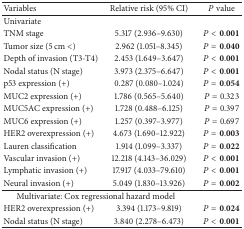
<table><thead><tr><td><b>Variables</b></td><td><b>Relative risk (95% CI)</b></td><td><b><i>P</i> value</b></td></tr></thead><tbody><tr><td>Univariate</td><td> </td><td> </td></tr><tr><td>TNM stage</td><td>5.317 (2.936–9.630)</td><td><i>P</i> &lt; 0.001</td></tr><tr><td>Tumor size (5 cm &lt;)</td><td>2.962 (1.051–8.345)</td><td><i>P</i> = 0.040</td></tr><tr><td>Depth of invasion (T3-T4)</td><td>2.453 (1.649–3.647)</td><td><i>P</i> &lt; 0.001</td></tr><tr><td>Nodal status (N stage)</td><td>3.973 (2.375–6.647)</td><td><i>P</i> &lt; 0.001</td></tr><tr><td>p53 expression (+)</td><td>0.287 (0.080–1.024)</td><td><i>P</i> = 0.054</td></tr><tr><td>MUC2 expression (+)</td><td>1.786 (0.565–5.640)</td><td><i>P</i> = 0.323</td></tr><tr><td>MUC5AC expression (+)</td><td>1.728 (0.488–6.125)</td><td><i>P</i> = 0.397</td></tr><tr><td>MUC6 expression (+)</td><td>1.257 (0.397–3.977)</td><td><i>P</i> = 0.697</td></tr><tr><td>HER2 overexpression (+)</td><td>4.673 (1.690–12.922)</td><td><i>P</i> = 0.003</td></tr><tr><td>Lauren classification</td><td>1.914 (1.099–3.337)</td><td><i>P</i> = 0.022</td></tr><tr><td>Vascular invasion (+)</td><td>12.218 (4.143–36.029)</td><td><i>P</i> &lt; 0.001</td></tr><tr><td>Lymphatic invasion (+)</td><td>17.917 (4.033–79.610)</td><td><i>P</i> &lt; 0.001</td></tr><tr><td>Neural invasion (+)</td><td>5.049 (1.830–13.926)</td><td><i>P</i> = 0.002</td></tr><tr><td colspan="2">Multivariate: Cox regressional hazard model </td><td> </td></tr><tr><td>HER2 overexpression (+)</td><td>3.394 (1.173–9.819)</td><td><i>P</i> = 0.024</td></tr><tr><td>Nodal status (N stage)</td><td>3.840 (2.278–6.473)</td><td><i>P</i> &lt; 0.001</td></tr></tbody></table>